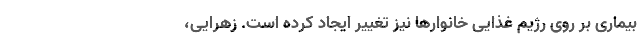
بیماری بر روی رژیم غذایی خانوارها نیز تغییر ایجاد کرده است. زهرایی،